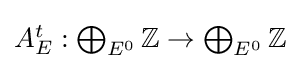
{\textstyle A_{E}^{t}:\bigoplus _{E^{0}}\mathbb {Z} \to \bigoplus _{E^{0}}\mathbb {Z} }